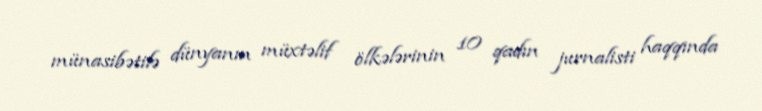
münasibətilə dünyanın müxtəlif ölkələrinin 10 qadın jurnalisti haqqında